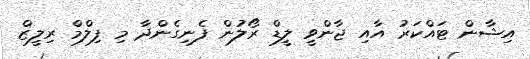
އިޝާން ޓައްކަރު އާއި ޖާންވީ ލީޑް ރޯލުން ފެނިގެންދާ މި ފިލްމް ރިލީޒް